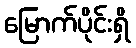
မြောက်ပိုင်းရှိ